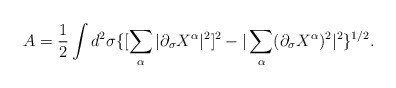
\begin{align*}A=\frac{1}{2}\int d^2\sigma \{[\sum_{\alpha}|\partial_{\sigma}X^{\alpha}|^2]^2-|\sum_{\alpha}(\partial_{\sigma}X^{\alpha})^2|^2\}^{1/2}.\end{align*}